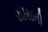
સૉસની